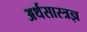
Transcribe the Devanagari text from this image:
अर्थसास्त्रज्ञ